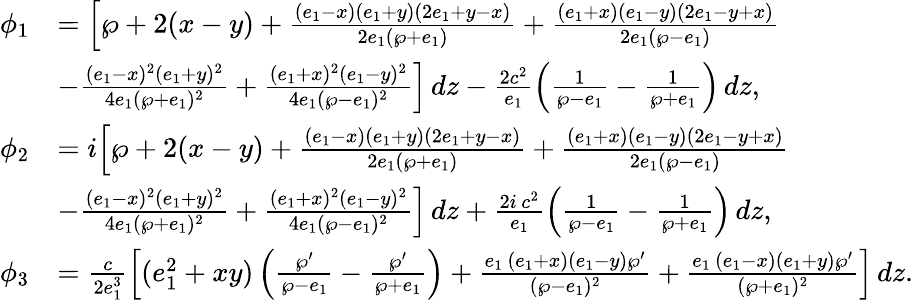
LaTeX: \begin{array}{rl}{\phi_{1}}&{=\Big[\wp+2(x-y)+\frac{(e_{1}-x)(e_{1}+y)(2e_{1}+y-x)}{2e_{1}(\wp+e_{1})}+\frac{(e_{1}+x)(e_{1}-y)(2e_{1}-y+x)}{2e_{1}(\wp-e_{1})}}\\ &{-\frac{(e_{1}-x)^{2}(e_{1}+y)^{2}}{4e_{1}(\wp+e_{1})^{2}}+\frac{(e_{1}+x)^{2}(e_{1}-y)^{2}}{4e_{1}(\wp-e_{1})^{2}}\Big]\, dz-\frac{2c^{2}}{e_{1}}\Big(\frac{1}{\wp-e_{1}}-\frac{1}{\wp+e_{1}}\Big)\, dz,}\\ {\phi_{2}}&{=i\Big[\wp+2(x-y)+\frac{(e_{1}-x)(e_{1}+y)(2e_{1}+y-x)}{2e_{1}(\wp+e_{1})}+\frac{(e_{1}+x)(e_{1}-y)(2e_{1}-y+x)}{2e_{1}(\wp-e_{1})}}\\ &{-\frac{(e_{1}-x)^{2}(e_{1}+y)^{2}}{4e_{1}(\wp+e_{1})^{2}}+\frac{(e_{1}+x)^{2}(e_{1}-y)^{2}}{4e_{1}(\wp-e_{1})^{2}}\Big]\, dz+\frac{2i\, c^{2}}{e_{1}}\Big(\frac{1}{\wp-e_{1}}-\frac{1}{\wp+e_{1}}\Big)\, dz,}\\ {\phi_{3}}&{=\frac{c}{2e_{1}^{3}}\Big[(e_{1}^{2}+xy)\, \Big(\frac{\wp^{\prime}}{\wp-e_{1}}-\frac{\wp^{\prime}}{\wp+e_{1}}\Big)+\frac{e_{1}\, (e_{1}+x)(e_{1}-y)\wp^{\prime}}{(\wp-e_{1})^{2}}+\frac{e_{1}\, (e_{1}-x)(e_{1}+y)\wp^{\prime}}{(\wp+e_{1})^{2}}\Big]\, dz.}\end{array}